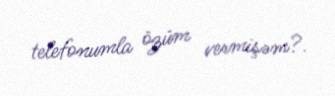
telefonumla özüm vermişəm?.